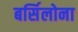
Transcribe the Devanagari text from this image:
बर्सिलोना